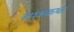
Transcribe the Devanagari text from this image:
रूपककथा